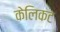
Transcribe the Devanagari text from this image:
केलिकट